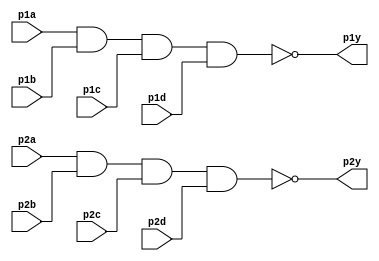
// This program was cloned from: https://github.com/viduraakalanka/HDL-Bits-Solutions
// License: The Unlicense

module top_module ( 
    input p1a, p1b, p1c, p1d,
    output p1y,
    input p2a, p2b, p2c, p2d,
    output p2y );
	
    assign p1y = ~(p1a && p1b && p1c && p1d);
    assign p2y = ~(p2a && p2b && p2c && p2d);

endmodule